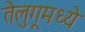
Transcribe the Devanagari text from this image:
तेलुगूमध्ये